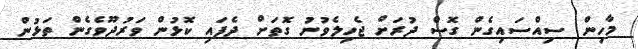
މާހިން ސިއްސައިގެން ގޮސް ދުރަށް ޖެހިލެވުނު ގޮތަށް ދެފައި ކޮޅުން ވަރުދޫވެގެން ތަޅުން